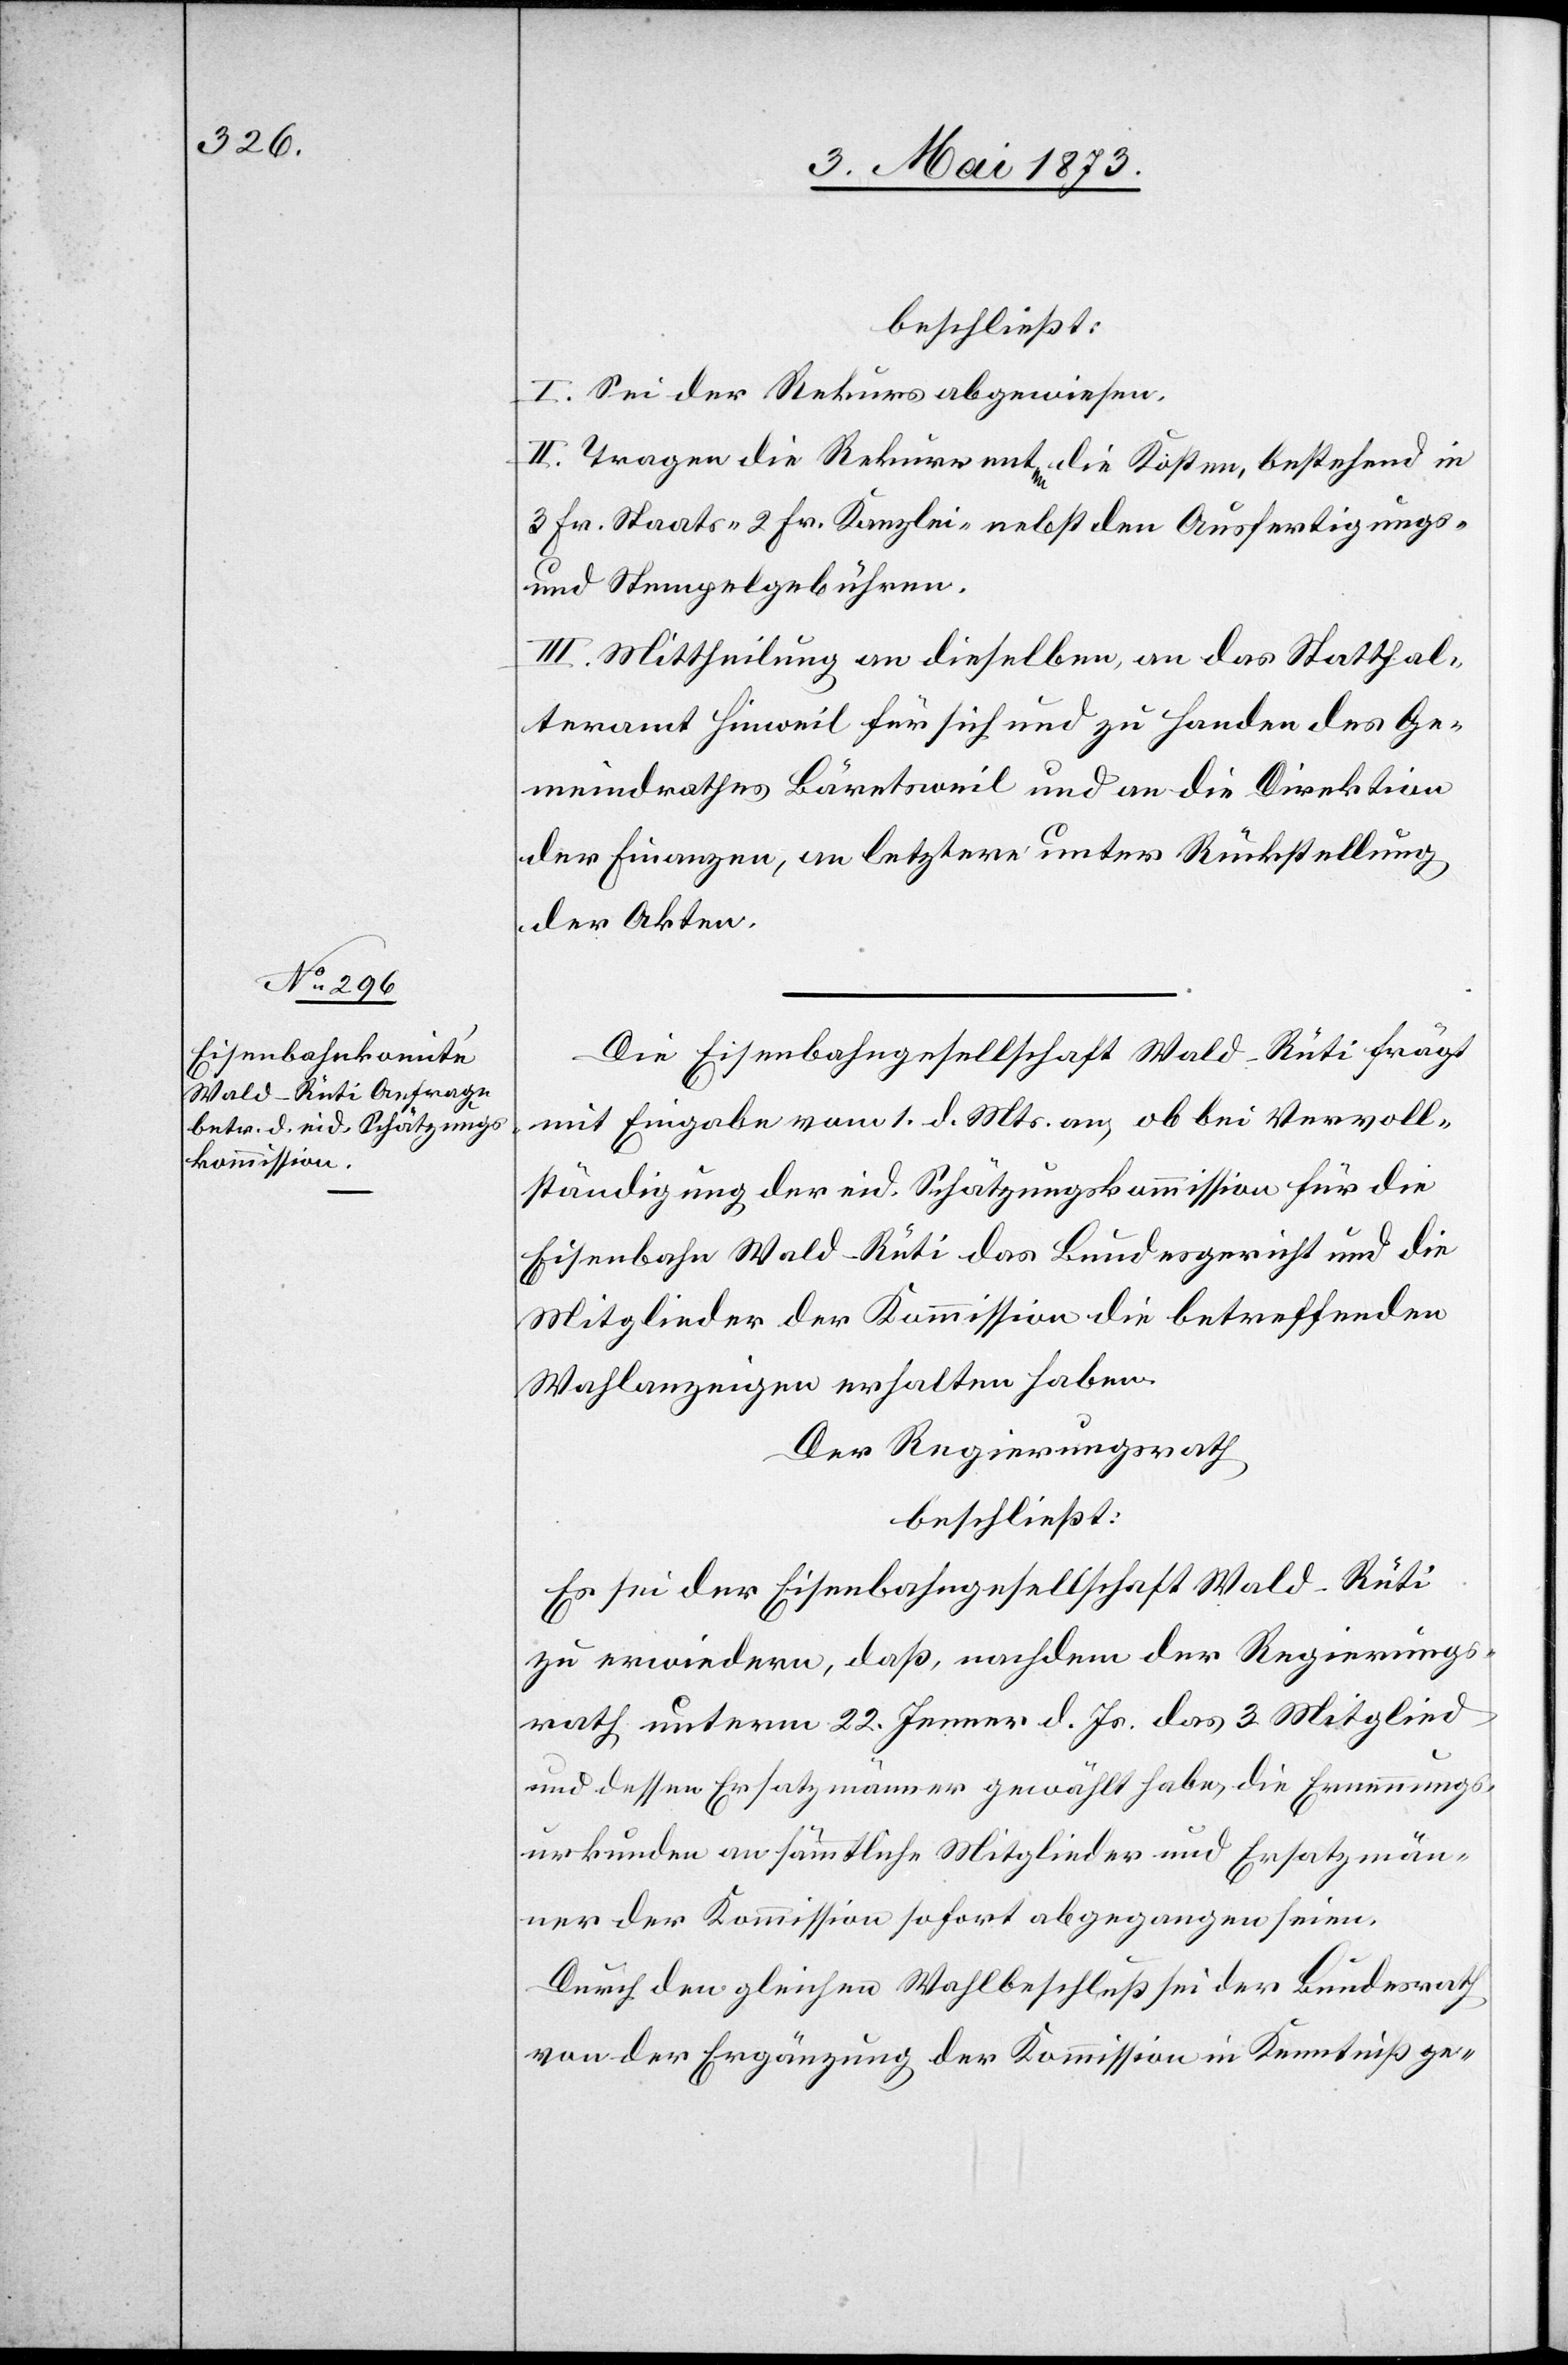
beschließt:
I. Sei der Rekurs abgewiesen.
II. Tragen die Rekurrenten die Kosten, bestehend in
3 Fr. Staats- 2 Fr. Kanzlei- nebst den Ausfertigungs-
und Stempelgebühren.
III. Mittheilung an dieselben, an das Statthal¬
teramt Hinweil für sich und zu Handen des Ge¬
meindrathes Bäretsweil und an die Direktion
der Finanzen, an letztere unter Rückstellung
der Akten.
Die Eisenbahngesellschaft Wald–Rüti frägt
mit Eingabe vom 1. d. Mts. an, ob bei Vervoll¬
ständigung der eid. Schätzungskommission für die
Eisenbahn Wald–Rüti das Bundesgericht und die
Mitglieder der Kommission die betreffenden
Wahlanzeigen erhalten haben.
Der Regierungsrath
beschließt:
Es sei der Eisenbahngesellschaft Wald–Rüti
zu erwiedern, daß, nachdem der Regierungs¬
rath unterm 22. Jenner d. Js. das 3. Mitglied
und dessen Ersatzmänner gewählt habe, die Ernennungs¬
urkunden an sämmtliche Mitglieder und Ersatzmän¬
ner der Kommission sofort abgegangen seien.
Durch den gleichen Wahlbeschluß sei der Bundesrath
von der Ergänzung der Kommission in Kenntniß ge-